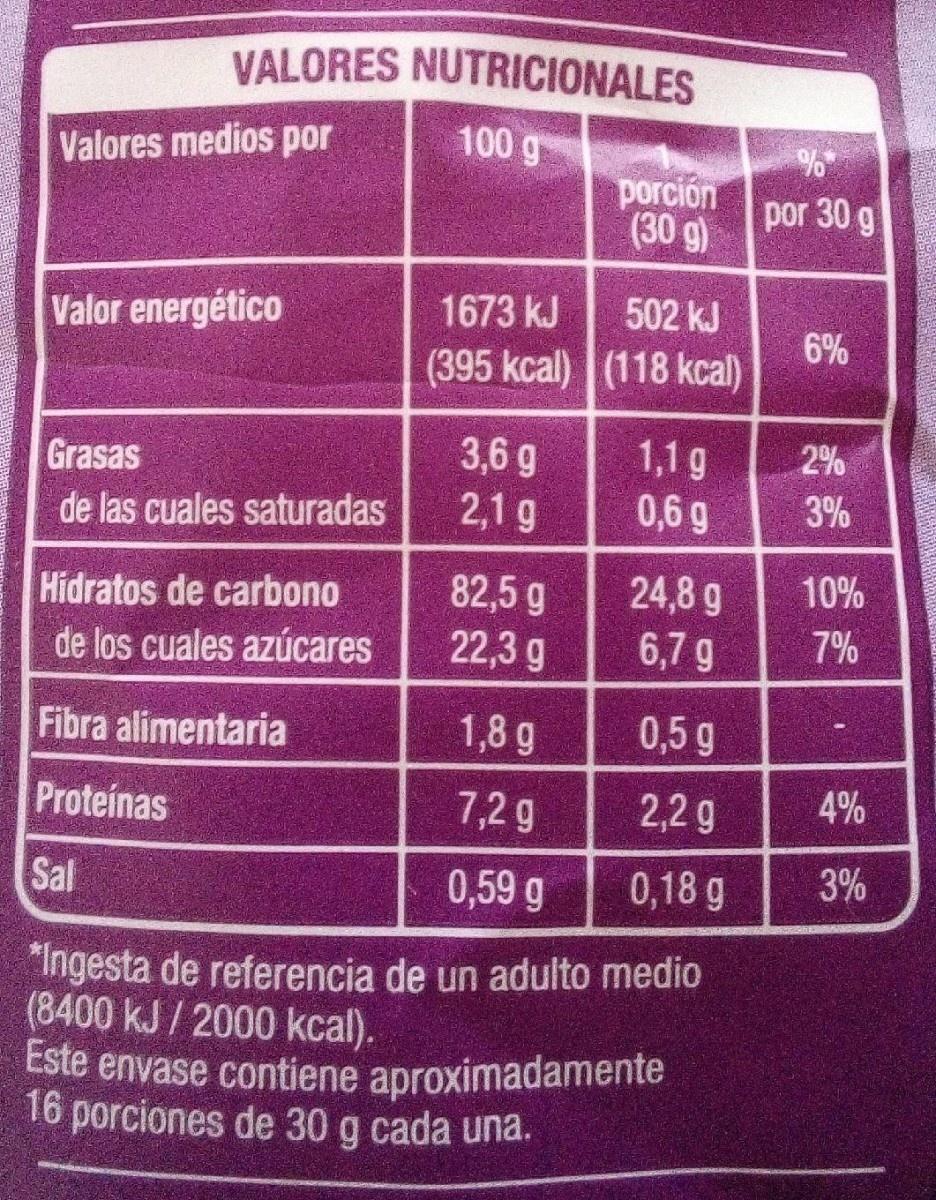
VALORES NUTRICIONALES 100 g Valores medios por porción (30 g) por 30 g Valor energético 1673 kJ 502 kJ 6% (395 kcal) (118 kcal) 1,1g 2% 3,6 g 2,1 g Grasas 0,6 g 3% de las cuales saturadas Hidratos de carbono 82,5 g 24,8 g 10% de los cuales azúcares 22,3 g 6,7 g 7% Fibra alimentaria 1,8 g 0,5 g Proteínas 7,2 g 2,2 g Sal 0,59 g 0,18 g 3% "Ingesta de referencia de un adulto medio (8400 kJ / 2000 kcal). Este envase contiene aproximadamente 16 porciones de 30 g cada una.